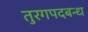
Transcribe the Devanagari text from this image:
तुरगपदबन्ध